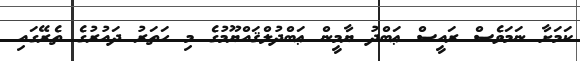
ކަމަށާ ނަމަވެސް ރައީސް ޢަބްދު ޔާމީން ޢަބްދުލްޤައްޔޫމުގެ މި ހަތަރު ދައުރުގެ ތެރޭގައި